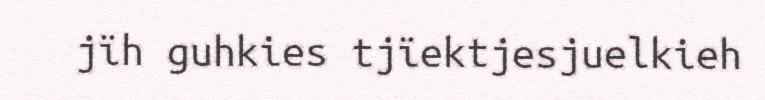
jïh guhkies tjïektjesjuelkieh